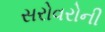
સરોવરોની